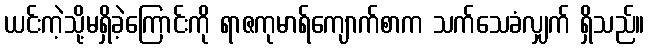
ယင်းကဲ့သို့မရှိခဲ့ကြောင်းကို ရာဇကုမာရ်ကျောက်စာက သက်သေခံလျှက် ရှိသည်။